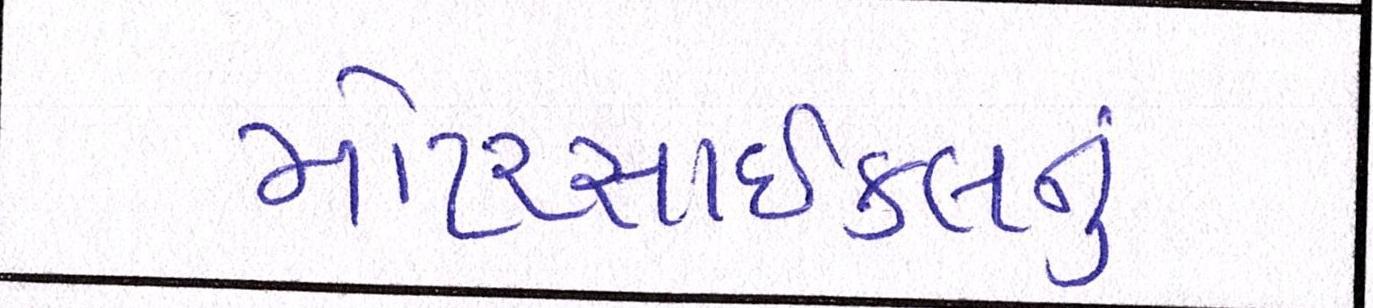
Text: મોટરસાઇકલનું